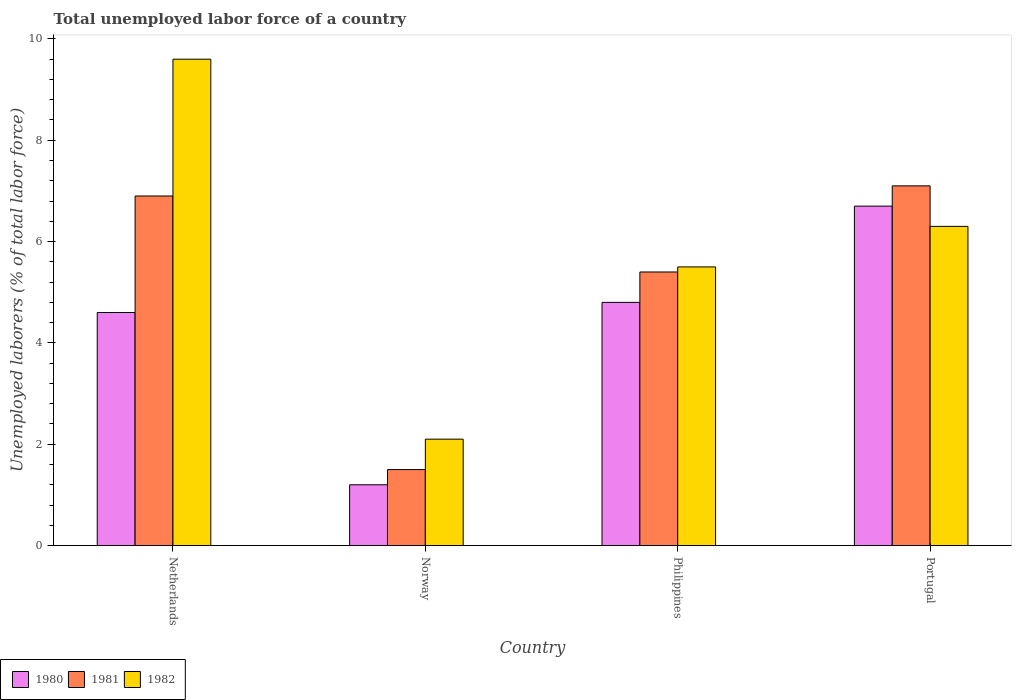
| Country | 1980 | 1981 | 1982 |
 | --- | --- | --- | --- |
 | Netherlands | 4.6 | 6.9 | 9.6 |
 | Norway | 1.2 | 1.5 | 2.1 |
 | Philippines | 4.8 | 5.4 | 5.5 |
 | Portugal | 6.7 | 7.1 | 6.3 |